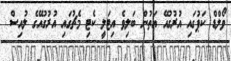
ވޯލްޑް ކަޕުގައި އުރުގުއޭ އަތުން ބަލިވެ އިޓަލީ ކެޓި މެޗުގައި އުރުގުއޭގެ ލުއިސް